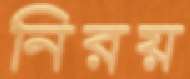
নিরয়